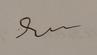
Signature authenticity: forged